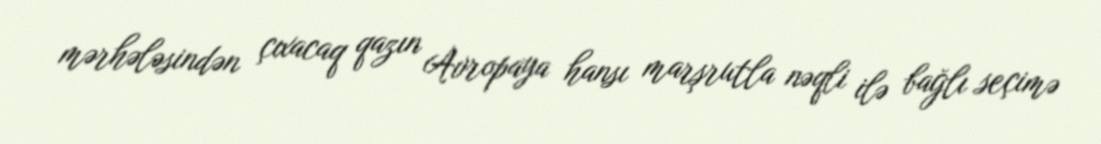
mərhələsindən çıxacaq qazın Avropaya hansı marşrutla nəqli ilə bağlı seçimə